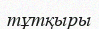
тұтқыры